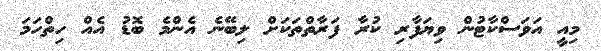
މިއީ އަވަސްކާޓުން ވިޔަފާރި ކުރާ ފަރާތްތަކަށް ލިބޭނެ އެންމެ ބޮޑު އެއް ހިތްހަމަ